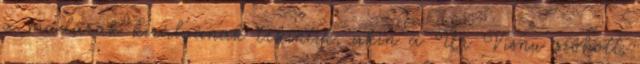
a madarak királyának tekintik, akin a Úr Visnu szokott